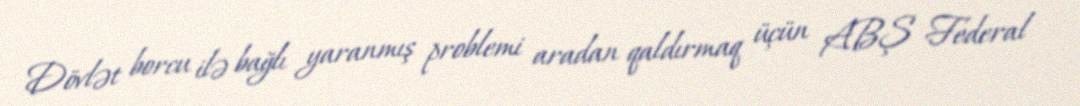
Dövlət borcu ilə bağlı yaranmış problemi aradan qaldırmaq üçün ABŞ Federal